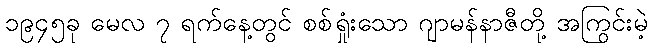
၁၉၄၅ခု မေလ ၇ ရက်နေ့တွင် စစ်ရှုံးသော ဂျာမန်နာဇီတို့ အကြွင်းမဲ့